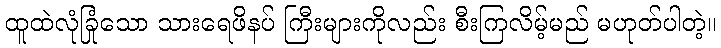
ထူထဲလုံခြုံသော သားရေဖိနပ် ကြီးများကိုလည်း စီးကြလိမ့်မည် မဟုတ်ပါတဲ့။